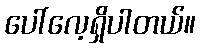
ပေါ်လေ့ရှိပါတယ်။